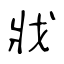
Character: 戕